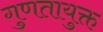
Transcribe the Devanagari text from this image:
गुणतायुक्त